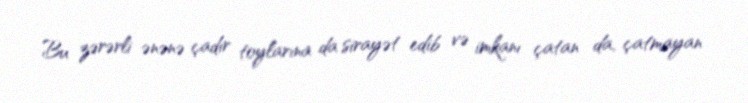
Bu zərərli ənənə çadır toylarına da sirayət edib və imkanı çatan da, çatmayan